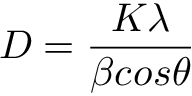
D = \frac { K \lambda } { \beta c o s \theta }